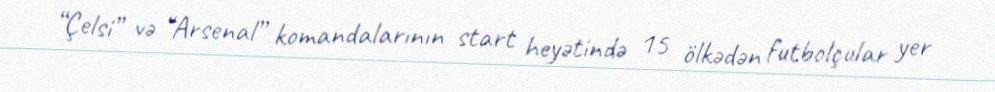
“Çelsi” və “Arsenal” komandalarının start heyətində 15 ölkədən futbolçular yer